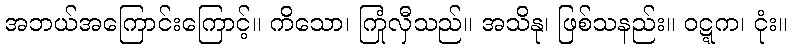
အဘယ်အကြောင်းကြောင့်။ ကိသော၊ ကြုံလှီသည်။ အသိနု၊ ဖြစ်သနည်း။ ဝဋ္ဋက၊ ငုံး။